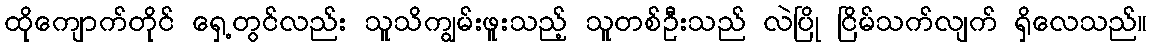
ထိုကျောက်တိုင် ရှေ့တွင်လည်း သူသိကျွမ်းဖူးသည့် သူတစ်ဦးသည် လဲပြို ငြိမ်သက်လျက် ရှိလေသည်။